Leaving Certificate Examination (including Day School Certificate (Higher) General paper), 1935
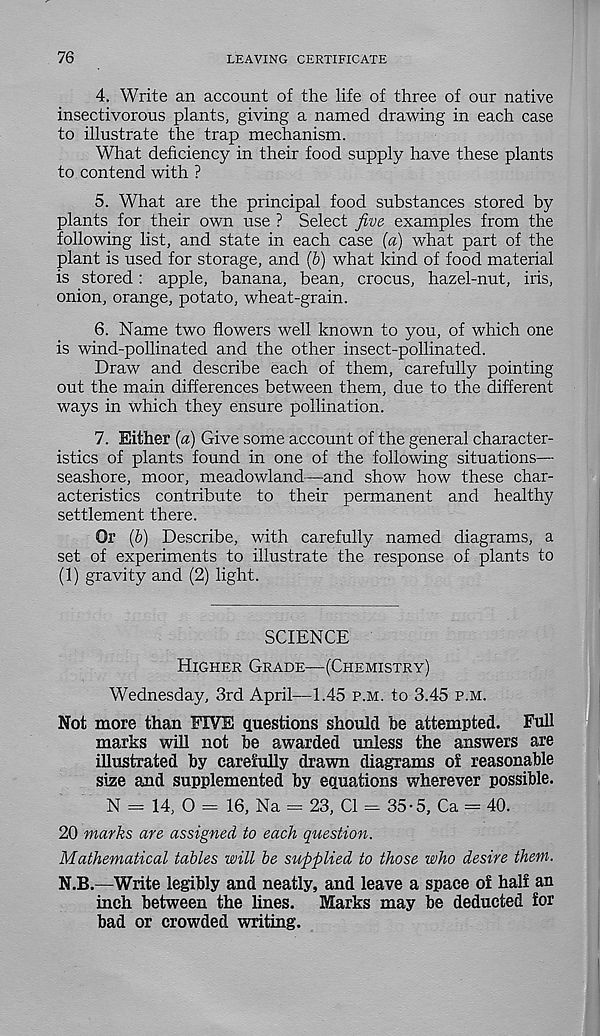
76
LEAVING CERTIFICATE
4. Write an account of the life of three of our native
insectivorous plants, giving a named drawing in each case
to illustrate the trap mechanism.
What deficiency in their food supply have these plants
to contend with ?
5. What are the principal food substances stored by
plants for their own use ? Select five examples from the
following list, and state in each case {a) what part of the
plant is used for storage, and {b) what kind of food material
is stored: apple, banana, bean, crocus, hazel-nut, iris,
onion, orange, potato, wheat-grain.
6. Name two flowers well known to you, of which one
is wind-pollinated and the other insect-pollinated.
Draw and describe each of them, carefully pointing
out the main differences between them, due to the different
ways in which they ensure pollination.
7. Either {a) Give some account of the general character-
istics of plants found in one of the following situations—
seashore, moor, meadowland—and show how these char-
acteristics contribute to their permanent and healthy
settlement there.
Or (b) Describe, with carefully named diagrams, a
set of experiments to illustrate the response of plants to
(1) gravity and (2) light.
SCIENCE
Higher Grade—(Chemistry)
Wednesday, 3rd April—1.45 p.m. to 3.45 p.m.
Not more than FWE questions should he attempted. Full
marks will not be awarded unless the answers are
illustrated by carefully drawn diagrams of reasonable
size and supplemented by equations wherever possible.
N = 14, O = 16, Na = 23, Cl = 35-5, Ca = 40.
20 marks are assigned to each question.
Mathematical tables will be supplied to those who desire them.
N.B.—Write legibly and neatly, and leave a space of half an
inch between the lines.
Marks may be deducted for
bad or crowded writing.